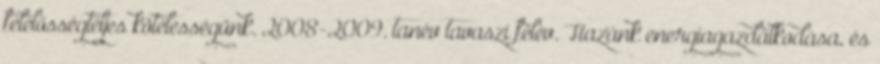
felelősségteljes kötelességünk. 2008-2009. tanév tavaszi félév. Hazánk energiagazdálkodása, és